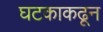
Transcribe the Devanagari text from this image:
घटकाकढून